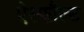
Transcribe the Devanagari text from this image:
ऐस्फौल्ट